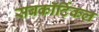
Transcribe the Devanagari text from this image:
सबकॉर्टिकल